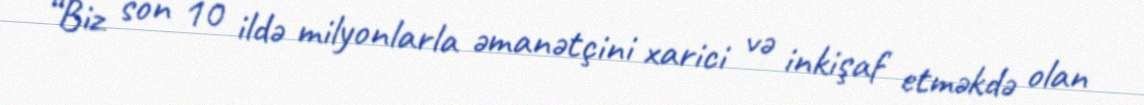
“Biz son 10 ildə milyonlarla əmanətçini xarici və inkişaf etməkdə olan